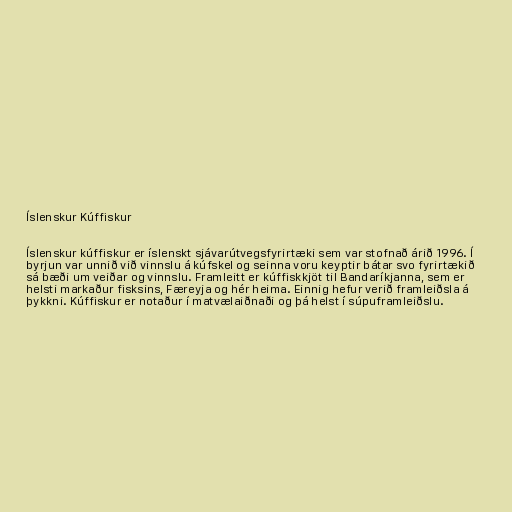
Íslenskur Kúffiskur

Íslenskur kúffiskur er íslenskt sjávarútvegsfyrirtæki sem var stofnað árið 1996. Í
byrjun var unnið við vinnslu á kúfskel og seinna voru keyptir bátar svo fyrirtækið
sá bæði um veiðar og vinnslu. Framleitt er kúffiskkjöt til Bandaríkjanna, sem er
helsti markaður fisksins, Færeyja og hér heima. Einnig hefur verið framleiðsla á
þykkni. Kúffiskur er notaður í matvælaiðnaði og þá helst í súpuframleiðslu.